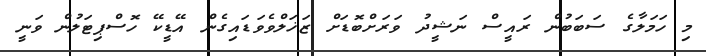
މި ހަމަލާގެ ސަބަބުން ރައީސް ނަޝީދު ވަރަށްބޮޑަށް ޒަޚަލްވެވަޑައިގެން އޭޑީކޭ ހޮސްޕިޓަލުން ވަނީ